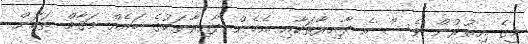
މީގެ އިތުރުން ވެސް އެ ދާއިރާތަކާއި އެހެން ދާއިރާތަކުގެ ބައެއް މަޤާމް ތަކަށް